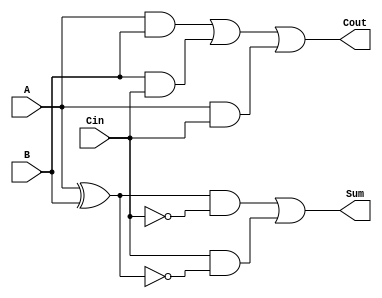
module TransmissionGateFullAdder (
    input wire A,      // First operand
    input wire B,      // Second operand
    input wire Cin,    // Carry-in bit
    output wire Sum,   // Resulting sum bit
    output wire Cout   // Resulting carry-out bit
);

    // Intermediate signals
    wire AB_xor;       // A XOR B
    wire AB_and;       // A AND B
    wire AB_Cin_and;   // (A XOR B) AND Cin
    wire B_Cin_and;    // B AND Cin
    wire A_Cin_and;    // A AND Cin

    // Calculate intermediate signals
    assign AB_xor = A ^ B;                     // A XOR B
    assign AB_and = A & B;                     // A AND B
    assign AB_Cin_and = AB_xor & Cin;          // (A XOR B) AND Cin
    assign B_Cin_and = B & Cin;                // B AND Cin
    assign A_Cin_and = A & Cin;                // A AND Cin

    // Sum output using transmission gates
    assign Sum = (AB_xor & ~Cin) | (Cin & ~AB_xor); // Sum = A XOR B XOR Cin

    // Cout output using transmission gates
    assign Cout = AB_and | B_Cin_and | A_Cin_and; // Cout = (A AND B) OR (B AND Cin) OR (A AND Cin)

endmodule